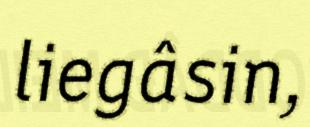
liegâsin,